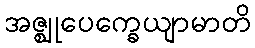
အဇ္ဈုပေက္ခေယျာမာတိ